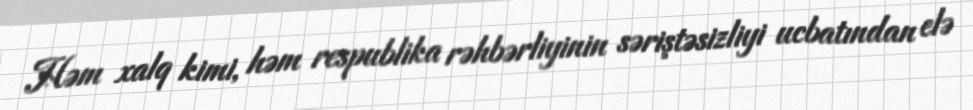
Həm xalq kimi, həm respublika rəhbərliyinin səriştəsizliyi ucbatından elə